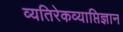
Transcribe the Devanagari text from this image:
व्यतिरेकव्याप्तिज्ञान